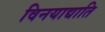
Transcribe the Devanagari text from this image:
विनयाद्याति